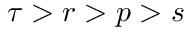
\tau > r > p > s